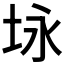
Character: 𪣉